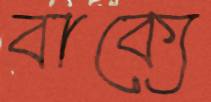
বাক্যে